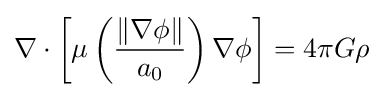
\nabla \cdot \left[\mu \left({\frac {\left\|\nabla \phi \right\|}{a_{0}}}\right)\nabla \phi \right]=4\pi G\rho